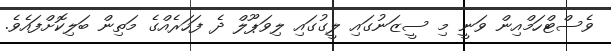
ވެސްޓްހަމްއިން ވަނީ މި ސީޒަނުގައި ލީގުގައި ލިވަޕޫލް ދެ ފަހަރެއްގެ މަތިން ބަލިކޮށްފައެވެ.